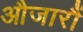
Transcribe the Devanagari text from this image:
औजारौं